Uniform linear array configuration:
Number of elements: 32
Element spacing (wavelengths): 1
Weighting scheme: exponential
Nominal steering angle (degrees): -60
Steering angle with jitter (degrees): -60.503
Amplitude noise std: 0.05
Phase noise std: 0.05

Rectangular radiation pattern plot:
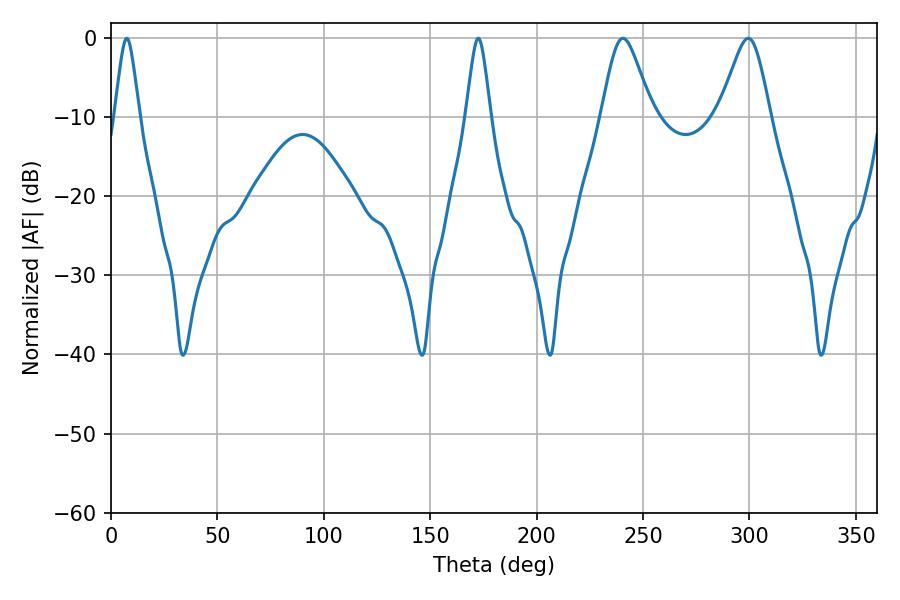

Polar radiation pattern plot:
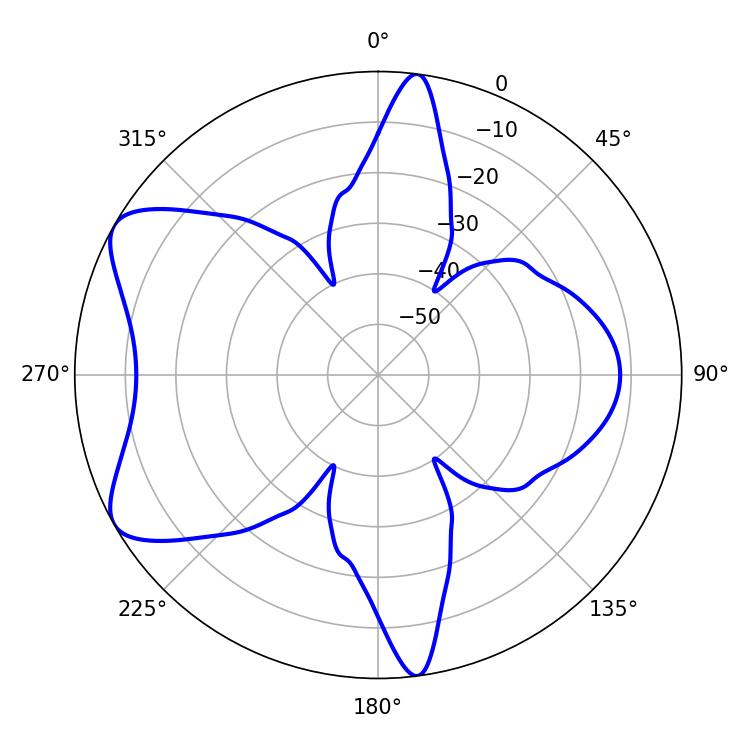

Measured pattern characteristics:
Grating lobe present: TRUE
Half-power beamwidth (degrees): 11.7
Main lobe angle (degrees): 240.48